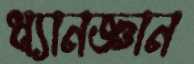
ধ্যানজ্ঞান